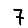
Digit: 7